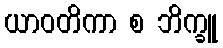
ယာဝတိကာ စ ဘိက္ခူ